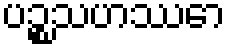
ပဉ္စသဟဿော